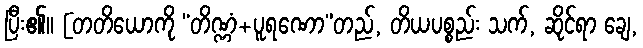
ပြီး၏။ [တတိယောကို “တိဏ္ဏံ+ပူရဏော”တည်, တိယပစ္စည်း သက်, ဆိုင်ရာ ချေ,